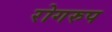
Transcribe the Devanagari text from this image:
रोगरुप